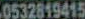
0532819415